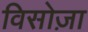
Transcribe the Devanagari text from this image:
विसोज़ा